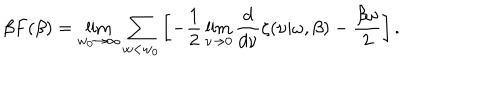
\beta F ( \beta ) = \lim _ { w _ { 0 } \rightarrow \infty } \sum _ { w < w _ { 0 } } \left[ - \frac 1 2 \lim _ { \nu \rightarrow 0 } { \frac { d } { d \nu } } \zeta ( \nu | \omega , \beta ) - { \frac { \beta \omega } { 2 } } \right] .